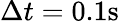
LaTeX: \Delta t=0.1\mathrm{s}